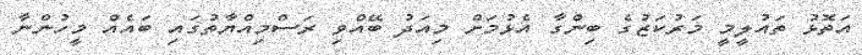
އަތޮޅު ތައުލީމީ މަރުކަޒުގެ ބިންގާ އެޅުމަށް މިއަދު ބޭއްވި ރަސްމިއްޔާތުގައި ބައެއް މީހުންނާ